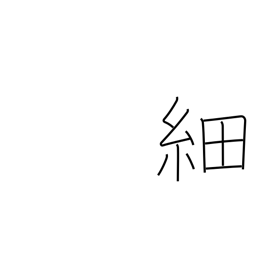
Meaning: slender